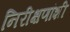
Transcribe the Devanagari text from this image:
निरीक्षणांशी